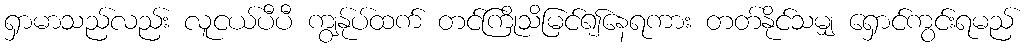
ရှာမာသည်လည်း လူငယ်ပီပီ ကျွနု်ပ်ထက် တင်ကြိုသိမြင်၍နေရကား တတ်နိုင်သမျှ ရှောင်ကွင်းရမည်